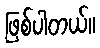
ဖြစ်ပါတယ်။